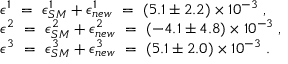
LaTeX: \begin{array} { l } { { \epsilon ^ { 1 } ~ = ~ \epsilon _ { S M } ^ { 1 } + \epsilon _ { n e w } ^ { 1 } ~ = ~ ( 5 . 1 \pm 2 . 2 ) \times 1 0 ^ { - 3 } \; , } } \\ { { \epsilon ^ { 2 } ~ = ~ \epsilon _ { S M } ^ { 2 } + \epsilon _ { n e w } ^ { 2 } ~ = ~ ( - 4 . 1 \pm 4 . 8 ) \times 1 0 ^ { - 3 } \; , } } \\ { { \epsilon ^ { 3 } ~ = ~ \epsilon _ { S M } ^ { 3 } + \epsilon _ { n e w } ^ { 3 } ~ = ~ ( 5 . 1 \pm 2 . 0 ) \times 1 0 ^ { - 3 } \; . } } \end{array}